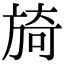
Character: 旑